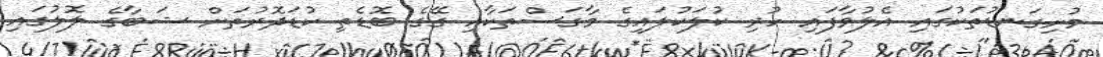
މުށިގަނޑުތަކުގައި އެލުވާފައި ހުރި ކުލަކުލައިގެ މާގަސްތަކާއި ގޭގެ ބޮޑެތި ކުޑަދޮރުތަށް ޝަބާގެ ލޮލުގައި